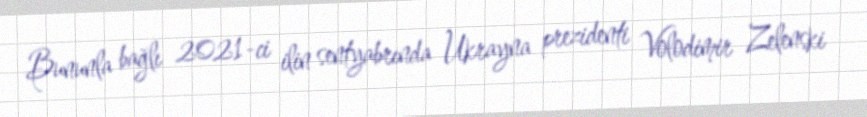
Bununla bağlı 2021-ci ilin sentyabrında Ukrayna prezidenti Volodimir Zelenski